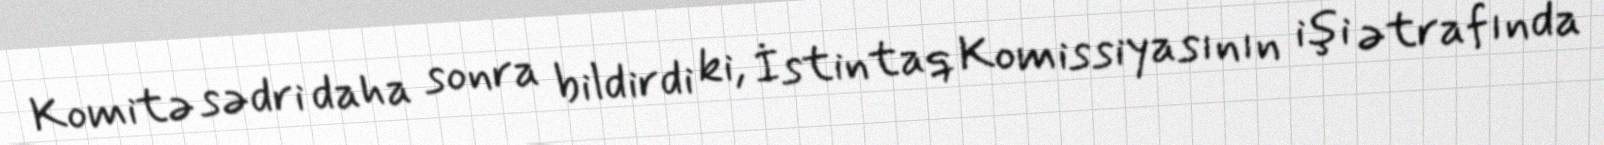
Komitə sədri daha sonra bildirdi ki, İstintaq Komissiyasının işi ətrafında